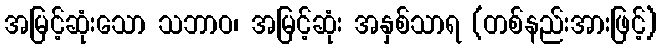
အမြင့်ဆုံးသော သဘာဝ၊ အမြင့်ဆုံး အနှစ်သာရ (တစ်နည်းအားဖြင့်)